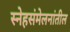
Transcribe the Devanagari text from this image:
स्नेहसंमेलनांतील